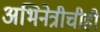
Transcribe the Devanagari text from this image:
अभिनेत्रीचीही